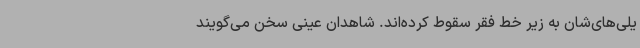
یلی‌های‌شان به زیر خط فقر سقوط کرده‌اند. شاهدان عینی سخن می‌گویند